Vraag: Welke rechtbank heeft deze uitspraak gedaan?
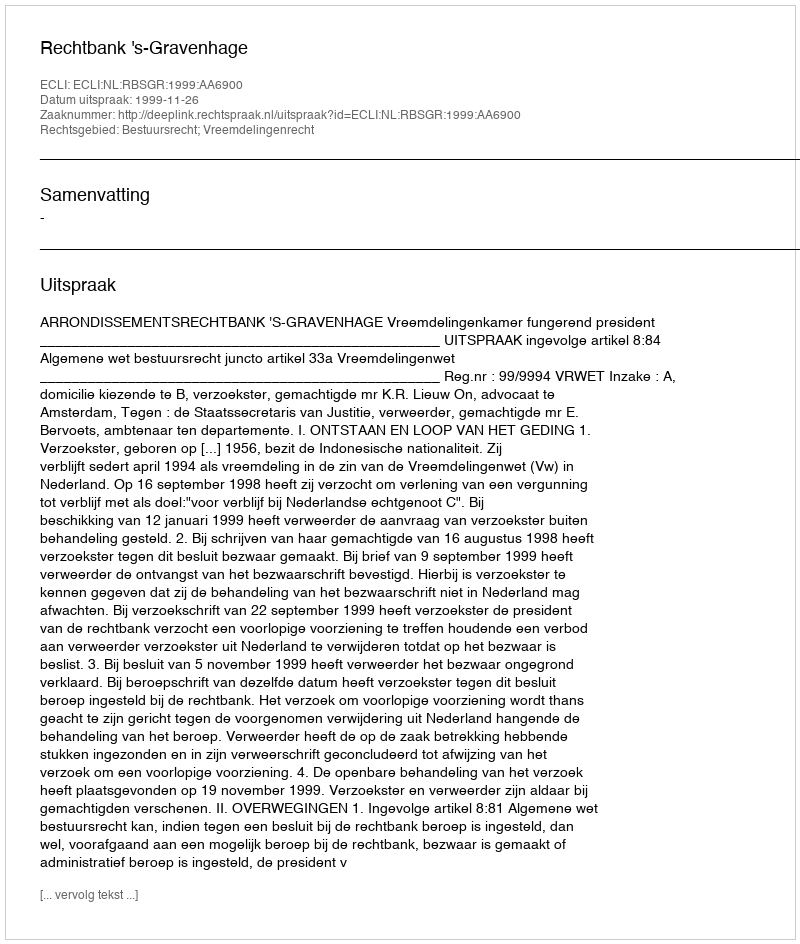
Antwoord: Rechtbank 's-Gravenhage